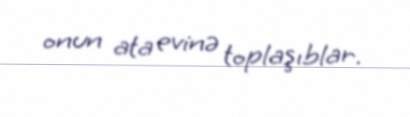
onun ata evinə toplaşıblar.